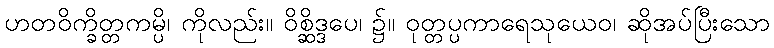
ဟတဝိက္ခိတ္တကမ္ပိ၊ ကိုလည်း။ ဝိစ္ဆိဒ္ဒပေ၊ ၌။ ဝုတ္တပ္ပကာရေသုယေဝ၊ ဆိုအပ်ပြီးသော